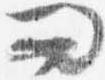
問